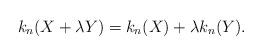
LaTeX: \begin{align*}k_n(X+\lambda Y)=k_n(X)+\lambda k_n(Y).\end{align*}